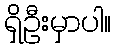
ရှိဦးမှာပါ။